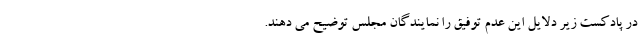
در پادکست زیر دلایل این عدم توفیق را نمایندگان مجلس توضیح می دهند.